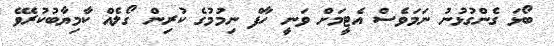
ބޯޅަ ގެންގުޅުނު ނަމަވެސް އެޓީމަށް ވަނީ ހާފް ނިމުމުގެ ކުރިން ގޯލެއް ކާމިޔާބުކުރެވޭ